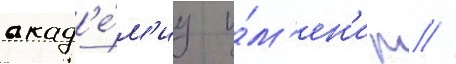
акад'е́м'иу и́м'ен'и м //